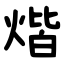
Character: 煯